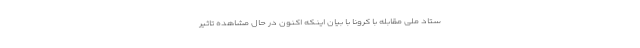
ستاد ملی مقابله با کرونا با بیان اینکه اکنون در حال مشاهده تاثیر